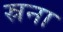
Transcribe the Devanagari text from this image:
स्रना